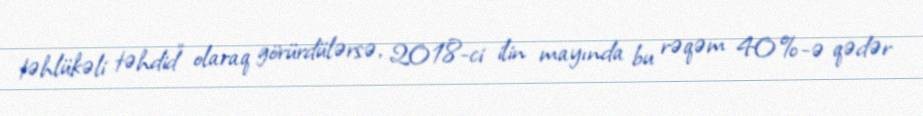
təhlükəli təhdid” olaraq görürdülərsə, 2018-ci ilin mayında bu rəqəm 40%-ə qədər